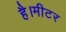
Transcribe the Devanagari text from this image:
है।मीटर